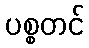
ပစ္စတင်